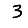
Digit: 3